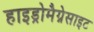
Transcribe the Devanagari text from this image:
हाइड्रोमैग्नेसाइट